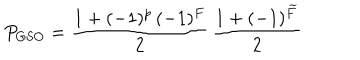
LaTeX: P _ { \mathrm { G S O } } = \frac { 1 + ( - 1 ) ^ { p } \, ( - 1 ) ^ { F } } { 2 } \, \frac { 1 + ( - 1 ) ^ { \widetilde F } } { 2 }